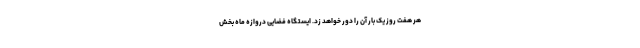
هر هفت روز یک بار آن را دور خواهد زد. ایستگاه فضایی دروازه ماه بخش